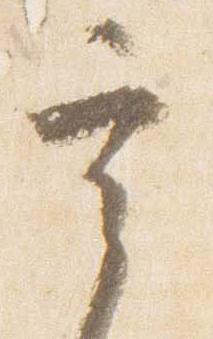
宰